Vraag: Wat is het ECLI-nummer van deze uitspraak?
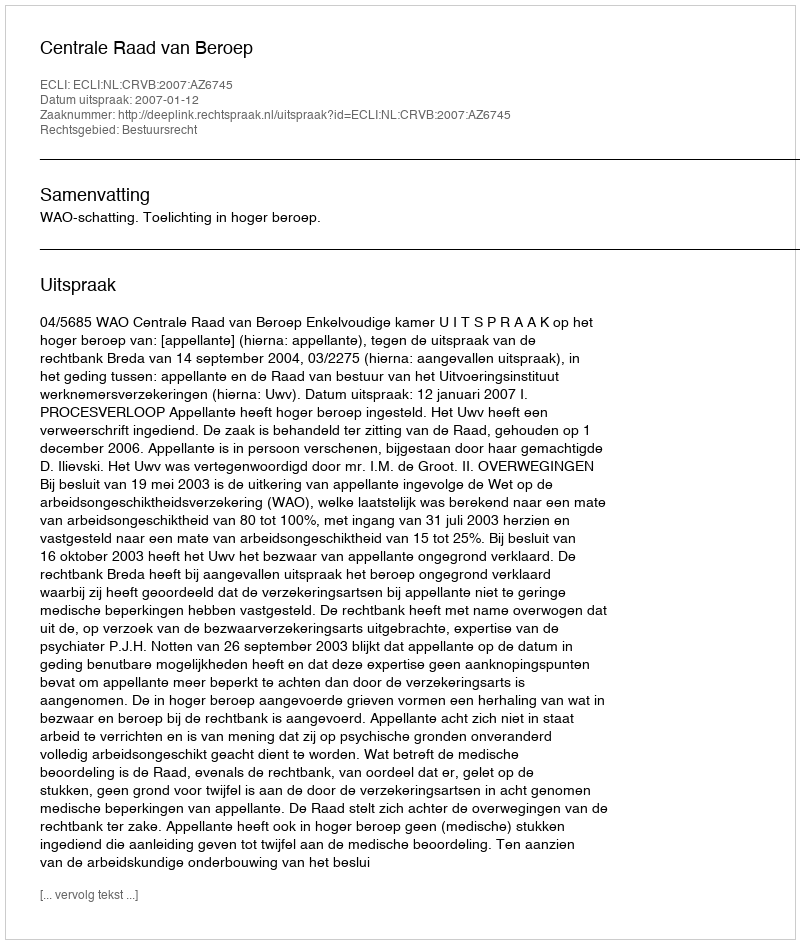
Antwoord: ECLI:NL:CRVB:2007:AZ6745